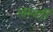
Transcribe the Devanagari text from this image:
सप्तवती